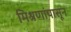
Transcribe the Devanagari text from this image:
मिश्रणांपासून